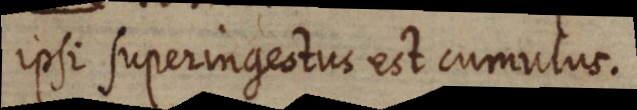
ipsi superingestus est cumulus.